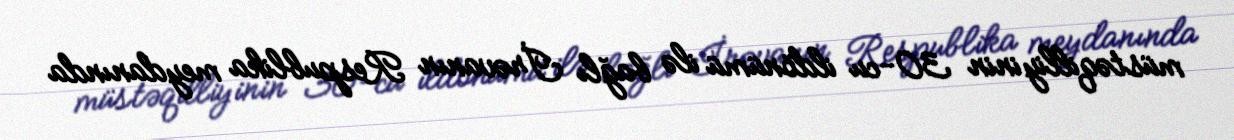
müstəqilliyinin 30-cu ildönümü ilə bağlı İrəvanın Respublika meydanında